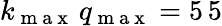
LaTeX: k_{\mathrm{~m~a~x~}}\, q_{\mathrm{~m~a~x~}}=5\, 5